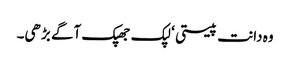
وہ دانت پیستی ‘ لپک جھپک آگے بڑھی۔